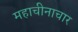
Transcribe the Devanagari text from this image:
महाचीनाचार